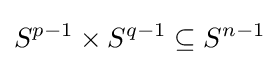
S^{p-1}\times S^{q-1}\subseteq S^{n-1}